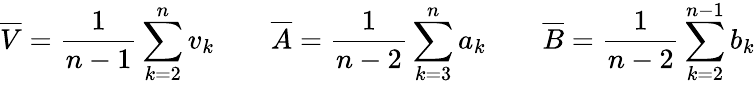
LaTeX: \overline{{V}}=\frac{1}{n-1}\sum_{k=2}^{n}{v}_{k}\qquad\overline{{A}}=\frac{1}{n-2}\sum_{k=3}^{n}{a}_{k}\qquad\overline{{B}}=\frac{1}{n-2}\sum_{k=2}^{n-1}{b}_{k}